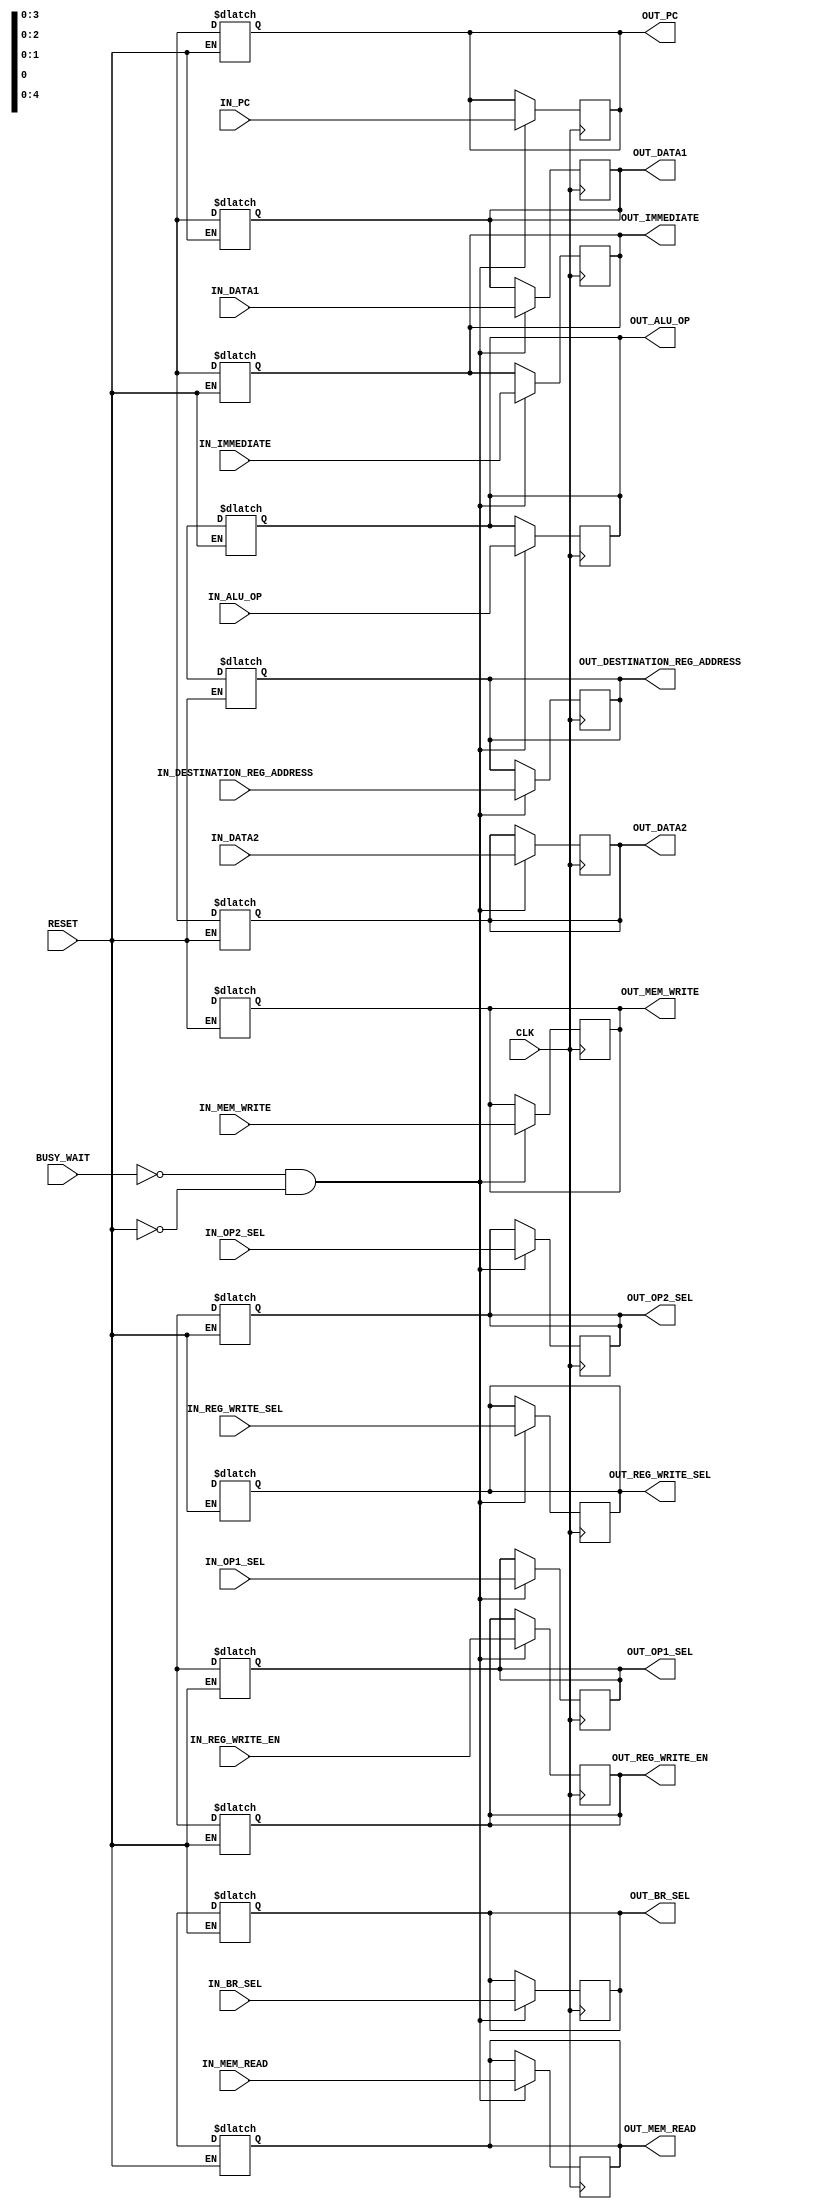
module ID_EX_pipeline_reg(
    input [4:0] IN_DESTINATION_REG_ADDRESS, IN_ALU_OP,
    input [31:0] IN_PC, IN_DATA1, IN_DATA2, IN_IMMEDIATE,
    input [3:0] IN_BR_SEL, IN_MEM_READ,
    input [2:0] IN_MEM_WRITE,
    input [1:0] IN_REG_WRITE_SEL,
    input IN_OP1_SEL, IN_OP2_SEL, IN_REG_WRITE_EN,
    input CLK, RESET, BUSY_WAIT,

    output reg [4:0] OUT_DESTINATION_REG_ADDRESS, OUT_ALU_OP,
    output reg [31:0] OUT_PC, OUT_DATA1, OUT_DATA2, OUT_IMMEDIATE,
    output reg [3:0] OUT_BR_SEL, OUT_MEM_READ,
    output reg [2:0] OUT_MEM_WRITE,
    output reg [1:0] OUT_REG_WRITE_SEL,
    output reg OUT_OP1_SEL, OUT_OP2_SEL, OUT_REG_WRITE_EN
);

    // RESET output registers on active reset
    always @(*) begin
        if (RESET) begin
            #1; // Delay to allow reset signal to settle
            OUT_DESTINATION_REG_ADDRESS = 5'dX;
            OUT_ALU_OP = 5'dx;
            OUT_PC = 32'dx;
            OUT_DATA1 = 32'dx;
            OUT_DATA2 = 32'dx;
            OUT_IMMEDIATE = 32'dx;
            OUT_BR_SEL = 4'dx;
            OUT_MEM_READ = 4'dx;
            OUT_MEM_WRITE = 3'dx;
            OUT_REG_WRITE_SEL = 2'dx;
            OUT_OP1_SEL = 1'dx;
            OUT_OP2_SEL = 1'dx;
            OUT_REG_WRITE_EN = 1'dx;
        end
    end

    // Write input values to output registers on positive edge of clock signal
    always @(posedge CLK) begin
        #1; // Delay to synchronize with other stages
        if (!BUSY_WAIT && !RESET) begin
            OUT_DESTINATION_REG_ADDRESS <= IN_DESTINATION_REG_ADDRESS;
            OUT_ALU_OP <= IN_ALU_OP;
            OUT_PC <= IN_PC;
            OUT_DATA1 <= IN_DATA1;
            OUT_DATA2 <= IN_DATA2;
            OUT_IMMEDIATE <= IN_IMMEDIATE;
            OUT_BR_SEL <= IN_BR_SEL;
            OUT_MEM_READ <= IN_MEM_READ;
            OUT_MEM_WRITE <= IN_MEM_WRITE;
            OUT_REG_WRITE_SEL <= IN_REG_WRITE_SEL;
            OUT_OP1_SEL <= IN_OP1_SEL;
            OUT_OP2_SEL <= IN_OP2_SEL;
            OUT_REG_WRITE_EN = IN_REG_WRITE_EN;
        end
    end

endmodule